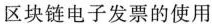
区块链电子发票的使用